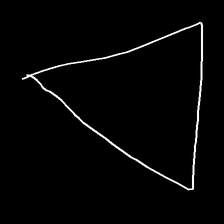
Glyph: convergence